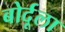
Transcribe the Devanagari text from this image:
बोर्दूला